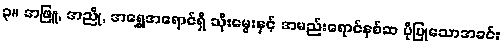
၃။ အဖြူ, အညို, အရွှေအရောင်ရှိ သိုးမွေးနှင့် အမည်းရောင်နှစ်ဆ ပိုပြုသောအခင်း